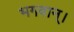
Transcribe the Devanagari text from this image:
भगवान्‌।